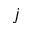
j